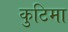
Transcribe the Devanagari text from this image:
कुटिमा